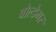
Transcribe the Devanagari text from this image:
वोल्डेमर